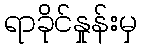
ရာခိုင်နှုန်းမှ